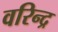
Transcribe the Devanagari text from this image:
वरिन्द्र